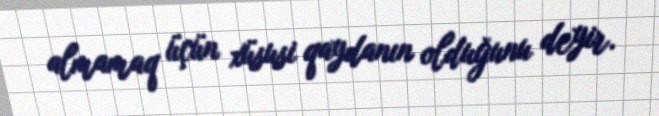
almamaq üçün xüsusi qaydanın olduğunu deyir.